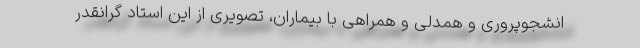
انشجوپروری و همدلی و همراهی با بیماران، تصویری از این استاد گرانقدر